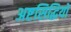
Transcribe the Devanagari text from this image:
अष्टसिद्धियों